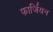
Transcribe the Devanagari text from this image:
फार्जियन